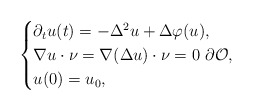
\begin{align*}\begin{cases}\partial_t u(t) = - \Delta^2 u + \Delta \varphi(u), \\\nabla u \cdot \nu = \nabla(\Delta u)\cdot \nu = 0 \ \partial\mathcal{O} , \\u(0) = u_0,\end{cases}\end{align*}